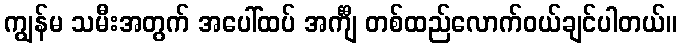
ကျွန်မ သမီးအတွက် အပေါ်ထပ် အင်္ကျီ တစ်ထည်လောက်ဝယ်ချင်ပါတယ်။